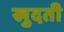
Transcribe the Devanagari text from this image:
खुदती